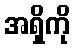
အရှိကို